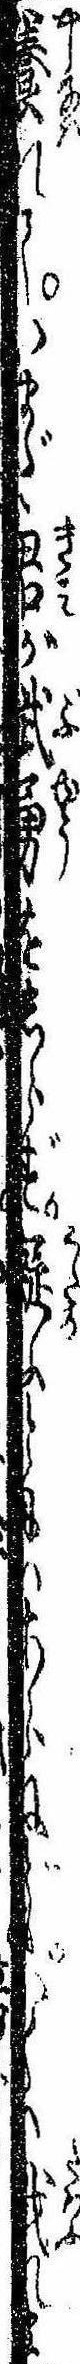
養れていまだ君が武勇をしらず疑ふとにはあらねどもかくは戯れま